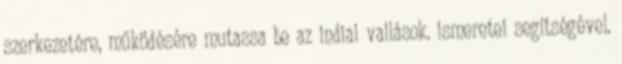
szerkezetére, működésére mutassa be az indiai vallások. ismeretei segítségével.